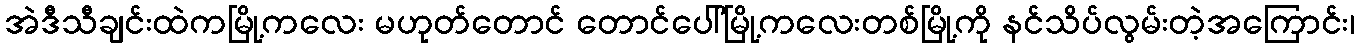
အဲဒီသီချင်းထဲကမြို့ကလေး မဟုတ်တောင် တောင်ပေါ်မြို့ကလေးတစ်မြို့ကို နင်သိပ်လွမ်းတဲ့အကြောင်း၊